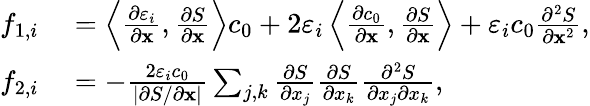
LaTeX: \begin{array}{rl}{f_{1,i}}&{{}=\left\langle\frac{\partial\varepsilon_{i}}{\partial\mathbf{x}},\frac{\partial S}{\partial\mathbf{x}}\right\rangle c_{0}+2\varepsilon_{i}\left\langle\frac{\partial c_{0}}{\partial\mathbf{x}},\frac{\partial S}{\partial\mathbf{x}}\right\rangle+\varepsilon_{i}c_{0}\frac{\partial^{2}S}{\partial\mathbf{x}^{2}},}\\ {f_{2,i}}&{{}=-\frac{2\varepsilon_{i}c_{0}}{|\partial S/\partial\mathbf{x}|}\sum_{j,k}\frac{\partial S}{\partial x_{j}}\frac{\partial S}{\partial x_{k}}\frac{\partial^{2}S}{\partial x_{j}\partial x_{k}},}\end{array}